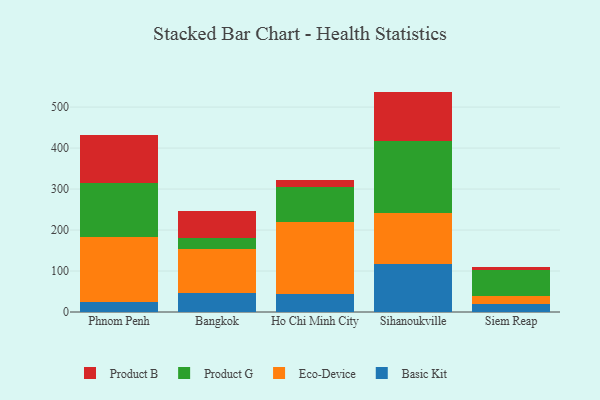
{"axis": {"x": "City", "y": "Inventory Turnover"}, "legend": ["Basic Kit", "Eco-Device", "Product B", "Product G"], "data": [{"x": "Phnom Penh", "y": 25.6, "type": "Basic Kit"}, {"x": "Phnom Penh", "y": 156.6, "type": "Eco-Device"}, {"x": "Phnom Penh", "y": 131.4, "type": "Product G"}, {"x": "Phnom Penh", "y": 118.9, "type": "Product B"}, {"x": "Bangkok", "y": 47.1, "type": "Basic Kit"}, {"x": "Bangkok", "y": 107.4, "type": "Eco-Device"}, {"x": "Bangkok", "y": 26.7, "type": "Product G"}, {"x": "Bangkok", "y": 64.8, "type": "Product B"}, {"x": "Ho Chi Minh City", "y": 44.1, "type": "Basic Kit"}, {"x": "Ho Chi Minh City", "y": 176.0, "type": "Eco-Device"}, {"x": "Ho Chi Minh City", "y": 83.9, "type": "Product G"}, {"x": "Ho Chi Minh City", "y": 17.5, "type": "Product B"}, {"x": "Sihanoukville", "y": 117.5, "type": "Basic Kit"}, {"x": "Sihanoukville", "y": 124.4, "type": "Eco-Device"}, {"x": "Sihanoukville", "y": 174.7, "type": "Product G"}, {"x": "Sihanoukville", "y": 121.2, "type": "Product B"}, {"x": "Siem Reap", "y": 19.7, "type": "Basic Kit"}, {"x": "Siem Reap", "y": 19.6, "type": "Eco-Device"}, {"x": "Siem Reap", "y": 62.9, "type": "Product G"}, {"x": "Siem Reap", "y": 7.6, "type": "Product B"}]}